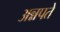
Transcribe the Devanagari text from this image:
अन्नपते